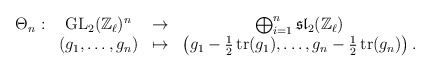
\begin{align*}\begin{array}{cccc}\Theta_n : & \operatorname{GL}_2(\mathbb{Z}_\ell)^n & \to & \bigoplus_{i=1}^n \mathfrak{sl}_2(\mathbb{Z}_\ell)\\& (g_1,\ldots,g_n) & \mapsto & \left( g_1 -\frac{1}{2} \operatorname{tr}(g_1), \ldots, g_n -\frac{1}{2} \operatorname{tr}(g_n) \right).\end{array}\end{align*}